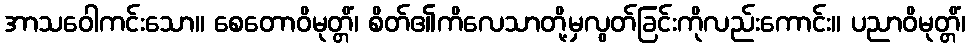
အာသဝေါကင်းသော။ စေတောဝိမုတ္တိံ၊ စိတ်၏ကိလေသာတို့မှလွတ်ခြင်းကိုလည်းကောင်း။ ပညာဝိမုတ္တိံ၊